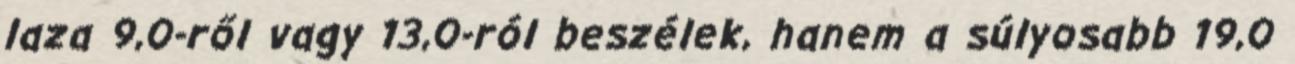
laza 9,0-ről vagy 13,0-ról beszélek, hanem a súlyosabb 19,0